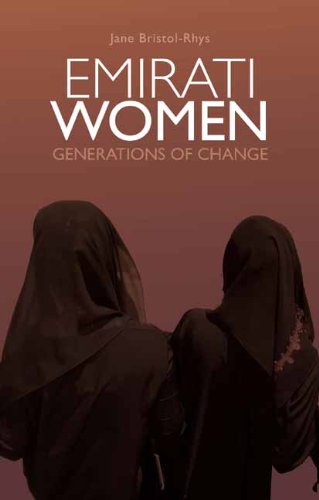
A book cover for Emirati Women: Generations of Change (Columbia/Hurst); Jane Bristol-Rhys; History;